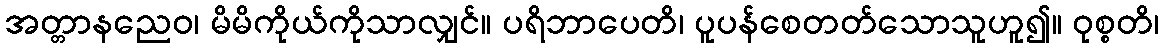
အတ္တာနညေဝ၊ မိမိကိုယ်ကိုသာလျှင်။ ပရိဘာပေတိ၊ ပူပန်စေတတ်သောသူဟူ၍။ ဝုစ္စတိ၊